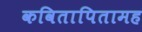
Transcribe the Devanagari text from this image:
कवितापितामह